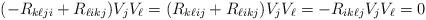
LaTeX: \begin{align*}( - R_{k\ell ji } + R_{\ell i k j} ) V_j V_\ell =( R_{k\ell ij} + R_{\ell i kj} ) V_j V_\ell= -R_{ik\ell j} V_j V_\ell =0\end{align*}